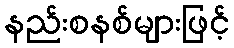
နည်းစနစ်များဖြင့်